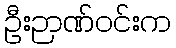
ဦးဉာဏ်ဝင်းက